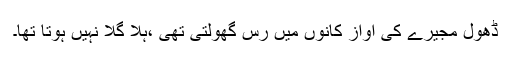
ڈھول مجیرے کی آواز کانوں میں رس گھولتی تھی ،ہلا گلا نہیں ہوتا تھا۔